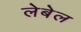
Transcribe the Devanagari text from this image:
लेबेल